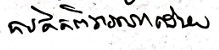
ការគិតពិចារណាដោយ